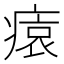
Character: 𤸖